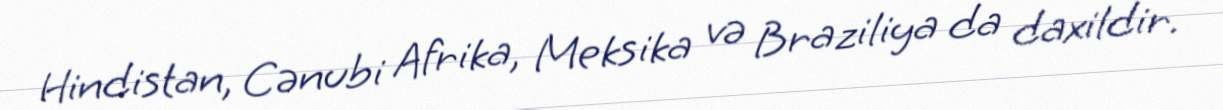
Hindistan, Cənubi Afrika, Meksika və Braziliya da daxildir.